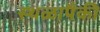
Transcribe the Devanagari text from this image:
स्थळापैकी